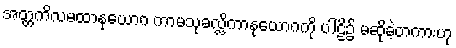
အတ္တကိလမထာနုယောဂ ကာမသုခလ္လိကာနုယောဂကို ပါဠိ၌ မဆိုခဲ့တကားဟု